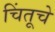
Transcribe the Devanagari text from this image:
चिंतूचे